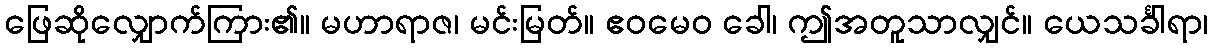
ဖြေဆိုလျှောက်ကြား၏။ မဟာရာဇ၊ မင်းမြတ်။ ဧဝမေဝ ခေါ၊ ဤအတူသာလျှင်။ ယေသင်္ခါရာ၊